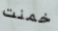
خمنت